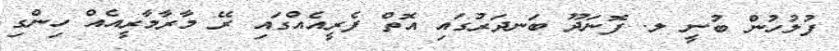
ފުލުހުން ބުނީ ލ. ފޮނަދޫ ބަނދަރުގައި އޮތް ފެރީއެއްގައި ރޭ މާރާމާރީއެއް ހިންގި